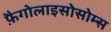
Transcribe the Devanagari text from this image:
फ़ैगोलाइसोसोम्स